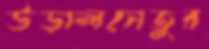
উড়ালসেতুর